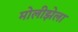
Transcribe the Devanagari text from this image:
मोलीझेला